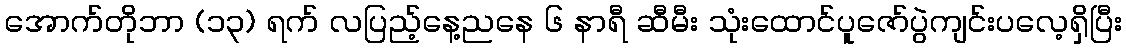
အောက်တိုဘာ (၁၃) ရက် လပြည့်နေ့ညနေ ၆ နာရီ ဆီမီး သုံးထောင်ပူဇော်ပွဲကျင်းပလေ့ရှိပြီး